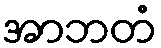
အာဘတံ